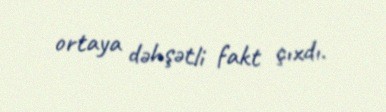
ortaya dəhşətli fakt çıxdı.